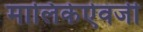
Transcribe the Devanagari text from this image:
मालिकेऐवजी